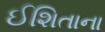
ઈશિતાના